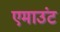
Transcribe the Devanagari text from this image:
एमाउंट